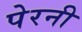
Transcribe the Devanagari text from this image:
पेरनी